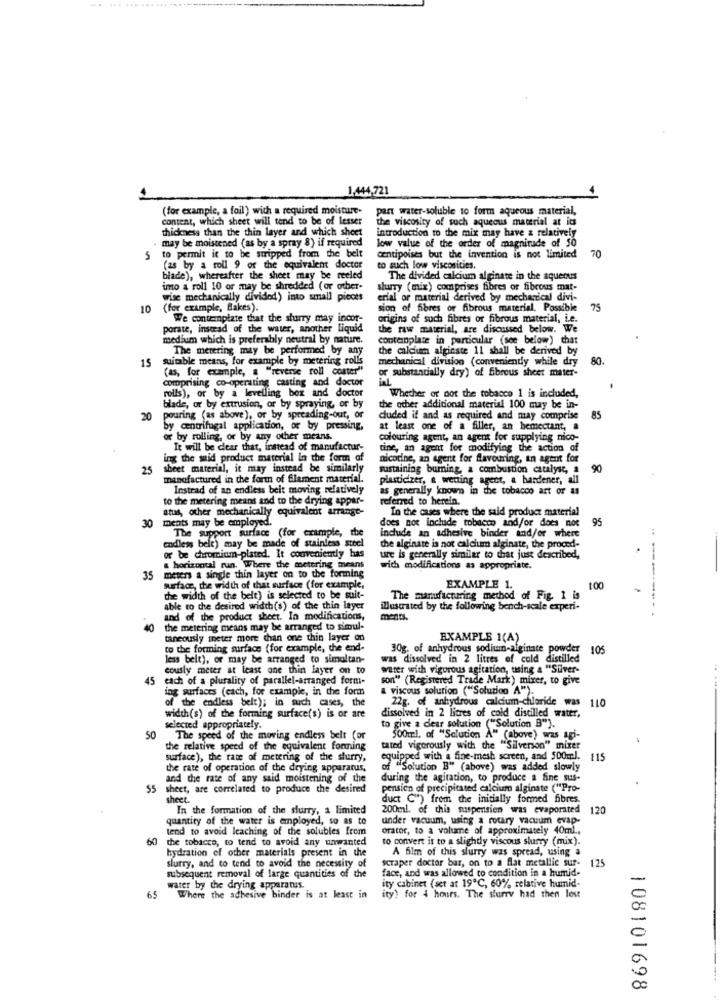
1,444,721
(for example, a foil) with a required moisture.
part water-soluble to form aqueous material,
content, which sheet will tend to be of lesser
the viscosity of such aqueous material at its
thickness than the thin layer and which sheet
introduction to the mix may have a relatively
. may be moistened (as by a spray 8) if required
low value of the order of magnitude of 50
5
to permit it to be stripped from the belt
centipoises but the invention is not limited
(as by a roll 9 of the equivalent doctor
to such low viscosities.
blade), whereafter the sheet may be reeled
The divided calcium alginate in the aqueous
imo a roll 10 or may be shredded (or other-
slurry (mix) comprises fibres or fibrous mat-
wise mechanically divided) into small pieces
erial or material derived by mechanical divi-
10
(for example, Blakes).
sion of fibres or fibrous material. Possible
75
We contemplate that the slurry may incot-
origins of such fibres or fibrous material, i.e.
porate, instead of the water, another liquid
the raw material, are discussed below. We
medium which is preferably neutral by nature.
contemplate in particular (see below) that
The metering may be performed by any
the calcium alginate 11 shall be derived by
15
suitable means, for example by metering rolls
mechanical division (conveniently while dry
80
(as, for example, a "reverse roll coater"
or substantially dry) of fibrous sheet mater-
comprising co-operating casting and doctor
rolls), or by a levelling bex and doctor
Whether or not the tobacco 1 is included,
blade, or by extrusion, or by spraying, or by
the other additional material 100 may be in-
20
pouring (as above), or by spreading-out, or
duded if and as required and may comprise
85
by centrifugal application, or by pressing.
at least one of a filler, an bemectant, a
or by rolling, or by any other means.
colouring agent, an agent for supplying nico-
It will be clear that, instead of manufactur-
tine, an agent for modifying the action of
ing the suid product material in the form of
nicotine, an agent for flavouring, an agent for
25
sheet material, it may instead be similarly
sustaining burning, a combustion catalyse, a
90
manufactured in the form of filament material.
plasticizer, e wetting agect, a bandener, all
Instead of an endless beit moving relatively
as generally known in the tobacco att or as
to the metering means and to the drying appar-
referred to herein.
atus, other mechanically equivalent arrange-
In the cases where the said product material
30 ments may be employed.
does not include tobacco and/or does not
95
The support surface (for crampie, the
indude an adhesive binder and/or where
the alginate is not calcium alginate, the proced-
endless belt) may be made of stainless steel
or be chromium-plated. It conveniently has
ure is generally similar to that just described,
& horizontal run. Where the metering means
wich modifications as appropriate.
35
meters a single thin layer on to the forming
surface, the width of that surface (for example,
EXAMPLE 1.
100
the width of the belt) is selected to be suit-
The manufacturing method of Fig. 1 is
able to the desired width(s) of the thin layer
illustrated by the following bench-scale experi-
and of the product sheet. In modifications,
40 the metering means may be arranged to simul-
taneously meter more than one thin layer on
EXAMPLE 1(A)
to the forming surface (for example, the end-
30g. of anhydrous sodium-alginate powder 105
less belt), or may be arranged to simultan-
was dissolved in 2 litres of cold distilled
cously meter at least one thin layer on to
water with vigorous agitation, using a "Siver-
45 each of a plurality of parallel-arranged form-
son" (Registered Trade Mark) mixer, to give
ing surfaces (cach, for example, in the form
a viscous solution ("Solution A").
of the endless belt); in such cases, the
22g. of anhydrous calcium chloride was 110
dissolved in 2 litres of cold distilled water,
width(s) of the forming surface(s) is or are
selected appropriately.
to give a dear solution ("Solution B").
50
The speed of the moving endless belt for
500ml. of "Solution A" (above) was agi-
the relative speed of the equivalent forning
tated vigorously with the "Silverson" mixer
surface), the rate of metering of the sturry,
equipped with a fine-mesh screen, and 500ml.
115
the rate of operation of the drying apparatus,
of "Solution B" (above) was added slowly
and the rate of any said moistening of the
during the agitation, to produce a fine sus-
55 sheet, are correlated to produce the desired
pension of precipitated calcium alginate ("Pro-
sheet.
duct C") from the initially formed fibres.
In the formation of the slurry, a limited
200ml. of this suspensien was evaporated
120
quantity of the water is employed, so as to
under vacuum, using a rotary vacuum evap-
tend to avoid leaching of the solubles from
orator, to a volume of approximately 40ml .,
60
the tobacco, to tend to avoid any unwanted
to convert it to a slightly viscous slurry (mix).
hydration of other materials present in the
A film of this slurry was spread, using a
scraper doctor bar, on to a flat metallic sur-
subsequent removal of large quantities of the
slurry, and to tend to avoid the necessity of
face, and was allowed to condition in a humid-
125
water by the drying apparatus.
ity cabinet (set at 19℃, 60% relative humid-
65
Where the adhesive binder is at least in
ity) for 4 hours. The slurry had then lost
108101698